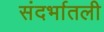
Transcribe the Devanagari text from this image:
संदर्भातली